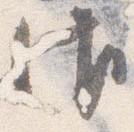
御